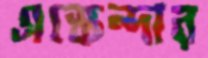
এস্কেন্দার